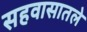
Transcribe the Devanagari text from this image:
सहवासातले